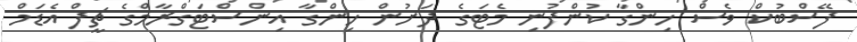
ފޭސްބުކް ވެސް ހިންގާ ކުންފުނި މެޓަގެ ދަށުން ހިންގާ އިންސްޓަގްރާމްގެ ޗީފް އެޑަމް